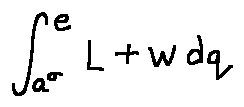
\int \limits _ { a ^ { \sigma } } ^ { e } L + w d q